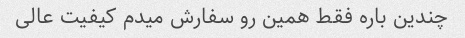
چندین باره فقط همین رو سفارش میدم کیفیت عالی